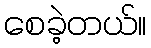
စေခဲ့တယ်။